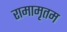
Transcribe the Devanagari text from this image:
रामामृतम